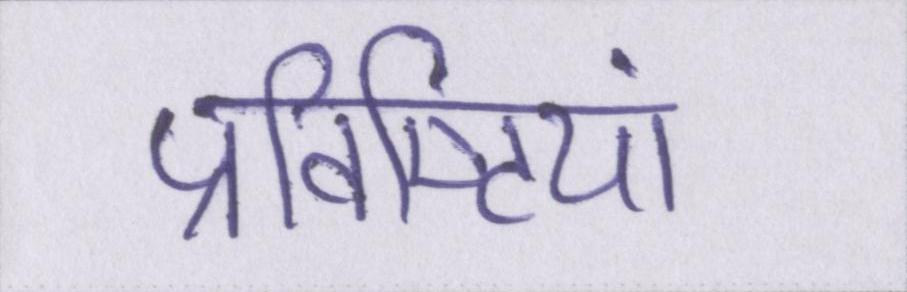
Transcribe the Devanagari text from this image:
प्रविष्टियां